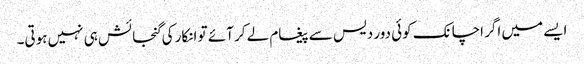
ایسے میں اگر اچانک کوئی دور دیس سے پیغام لے کر آئے تو انکار کی گنجائش ہی نہیں ہوتی۔